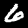
Digit: 6